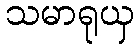
သမာရုယှ